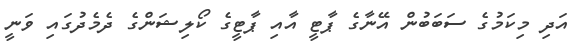
އަދި މިކަމުގެ ސަބަބުން އޭނާގެ ޕާޓީ އާއި ޕާޓީގެ ކޯލިޝަންގެ ދެމެދުގައި ވަނީ